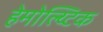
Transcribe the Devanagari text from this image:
हेमोल्य्टिक